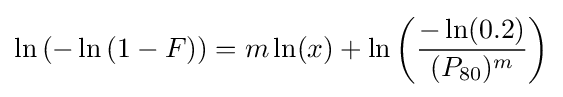
\ln \left(-\ln \left(1-F\right)\right)=m\ln(x)+\ln \left({\frac {-\ln(0.2)}{(P_{\rm {80}})^{m}}}\right)